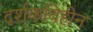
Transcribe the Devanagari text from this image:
दर्शकविहीन